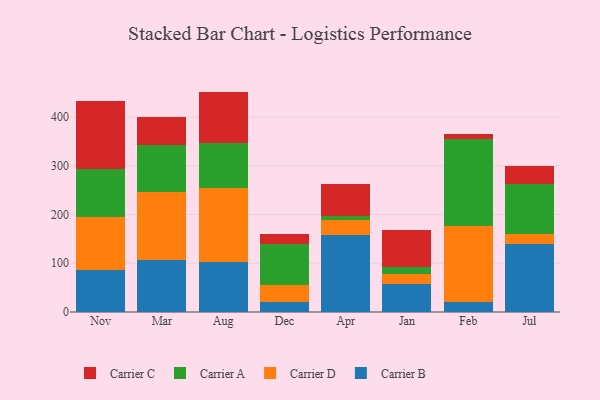
{"axis": {"x": "Month", "y": "Budget (USD K)"}, "legend": ["Carrier A", "Carrier B", "Carrier C", "Carrier D"], "data": [{"x": "Nov", "y": 85.2, "type": "Carrier B"}, {"x": "Nov", "y": 110.3, "type": "Carrier D"}, {"x": "Nov", "y": 97.9, "type": "Carrier A"}, {"x": "Nov", "y": 138.9, "type": "Carrier C"}, {"x": "Mar", "y": 105.7, "type": "Carrier B"}, {"x": "Mar", "y": 141.3, "type": "Carrier D"}, {"x": "Mar", "y": 96.1, "type": "Carrier A"}, {"x": "Mar", "y": 57.1, "type": "Carrier C"}, {"x": "Aug", "y": 102.7, "type": "Carrier B"}, {"x": "Aug", "y": 151.1, "type": "Carrier D"}, {"x": "Aug", "y": 93.8, "type": "Carrier A"}, {"x": "Aug", "y": 104.7, "type": "Carrier C"}, {"x": "Dec", "y": 19.6, "type": "Carrier B"}, {"x": "Dec", "y": 36.8, "type": "Carrier D"}, {"x": "Dec", "y": 82.9, "type": "Carrier A"}, {"x": "Dec", "y": 20.0, "type": "Carrier C"}, {"x": "Apr", "y": 157.1, "type": "Carrier B"}, {"x": "Apr", "y": 30.7, "type": "Carrier D"}, {"x": "Apr", "y": 9.5, "type": "Carrier A"}, {"x": "Apr", "y": 66.0, "type": "Carrier C"}, {"x": "Jan", "y": 57.3, "type": "Carrier B"}, {"x": "Jan", "y": 21.6, "type": "Carrier D"}, {"x": "Jan", "y": 13.2, "type": "Carrier A"}, {"x": "Jan", "y": 76.2, "type": "Carrier C"}, {"x": "Feb", "y": 20.0, "type": "Carrier B"}, {"x": "Feb", "y": 156.5, "type": "Carrier D"}, {"x": "Feb", "y": 178.9, "type": "Carrier A"}, {"x": "Feb", "y": 10.8, "type": "Carrier C"}, {"x": "Jul", "y": 139.8, "type": "Carrier B"}, {"x": "Jul", "y": 19.8, "type": "Carrier D"}, {"x": "Jul", "y": 102.4, "type": "Carrier A"}, {"x": "Jul", "y": 38.6, "type": "Carrier C"}]}